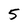
Character: 5